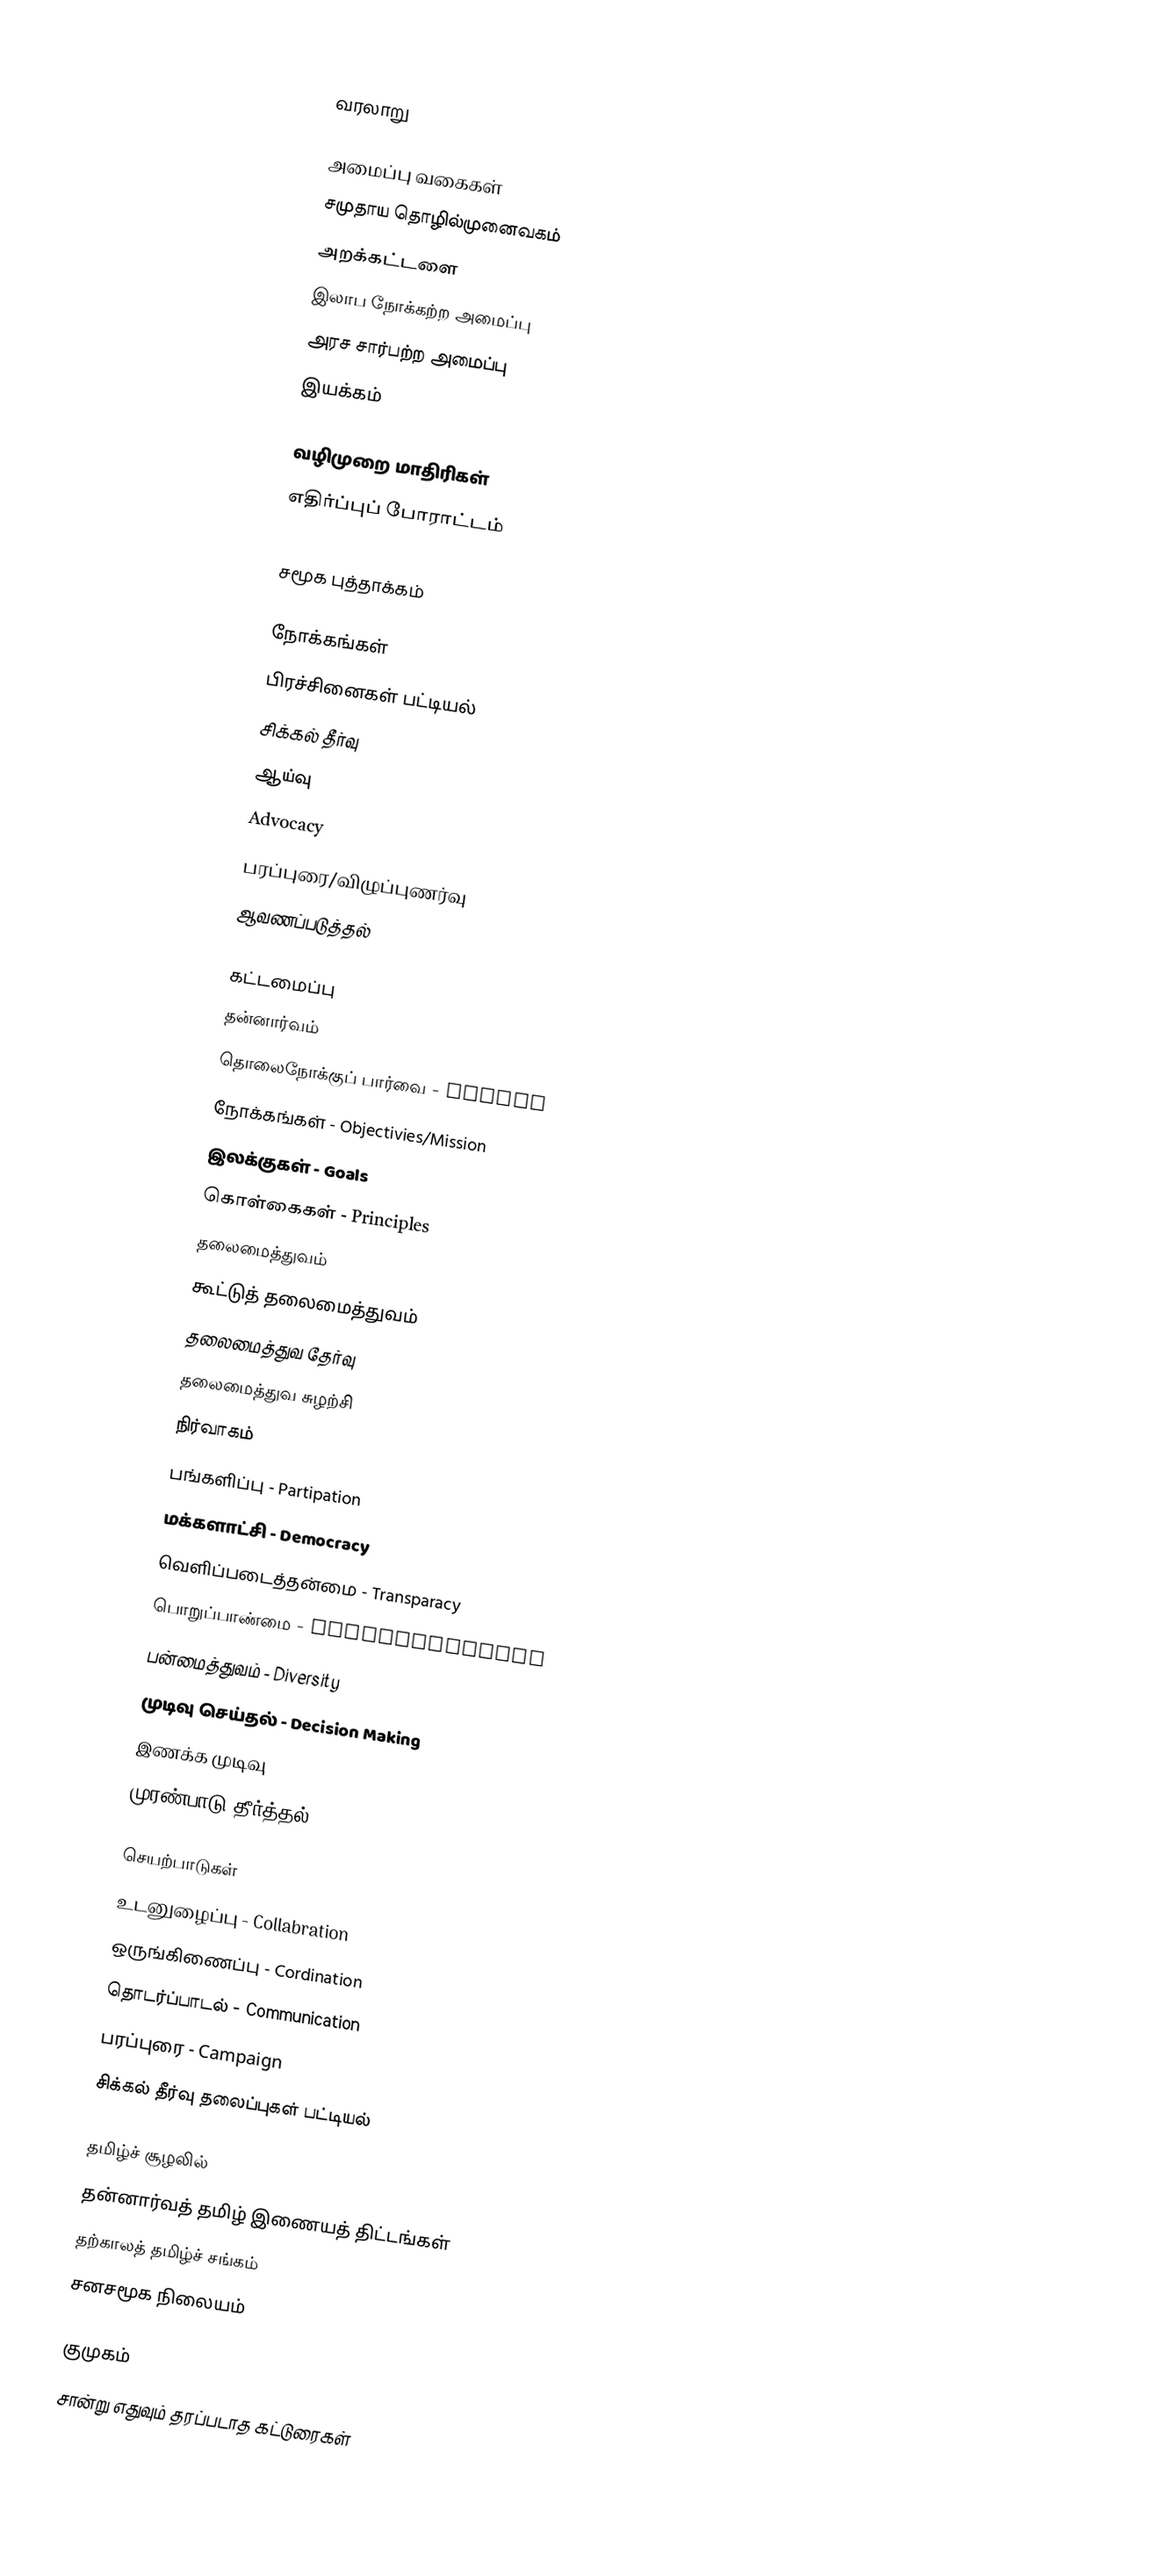

வரலாறு

அமைப்பு வகைகள்
 சமுதாய தொழில்முனைவகம்
 அறக்கட்டளை
 இலாப நோக்கற்ற அமைப்பு
 அரச சார்பற்ற அமைப்பு
 இயக்கம்

வழிமுறை மாதிரிகள்
 எதிர்ப்புப் போராட்டம்
 Asset-Based Community Development
 சமூக புத்தாக்கம்

நோக்கங்கள்
 பிரச்சினைகள் பட்டியல்
 சிக்கல் தீர்வு
 ஆய்வு
 Advocacy
 பரப்புரை/விழுப்புணர்வு
 ஆவணப்படுத்தல்

கட்டமைப்பு
 தன்னார்வம்
 தொலைநோக்குப் பார்வை - Vision
 நோக்கங்கள் - Objectivies/Mission
 இலக்குகள் - Goals
 கொள்கைகள் - Principles
 தலைமைத்துவம்
 கூட்டுத் தலைமைத்துவம்
 தலைமைத்துவ தேர்வு
 தலைமைத்துவ சுழற்சி
 நிர்வாகம்
 பங்களிப்பு - Partipation
 மக்களாட்சி - Democracy
 வெளிப்படைத்தன்மை - Transparacy
 பொறுப்பாண்மை - Accountability
 பன்மைத்துவம் - Diversity
 முடிவு செய்தல் - Decision Making
 இணக்க முடிவு
 முரண்பாடு தீர்த்தல் - Conflict Resolution

செயற்பாடுகள்
 உடனுழைப்பு - Collabration
 ஒருங்கிணைப்பு - Cordination
 தொடர்ப்பாடல் - Communication
 பரப்புரை - Campaign
 சிக்கல் தீர்வு தலைப்புகள் பட்டியல்

தமிழ்ச் சூழலில்
 தன்னார்வத் தமிழ் இணையத் திட்டங்கள்
 தற்காலத் தமிழ்ச் சங்கம்
 சனசமூக நிலையம்

குமுகம்
சான்று எதுவும் தரப்படாத கட்டுரைகள்